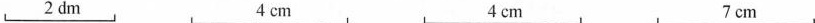
2dm 4dm 4dm 7dm